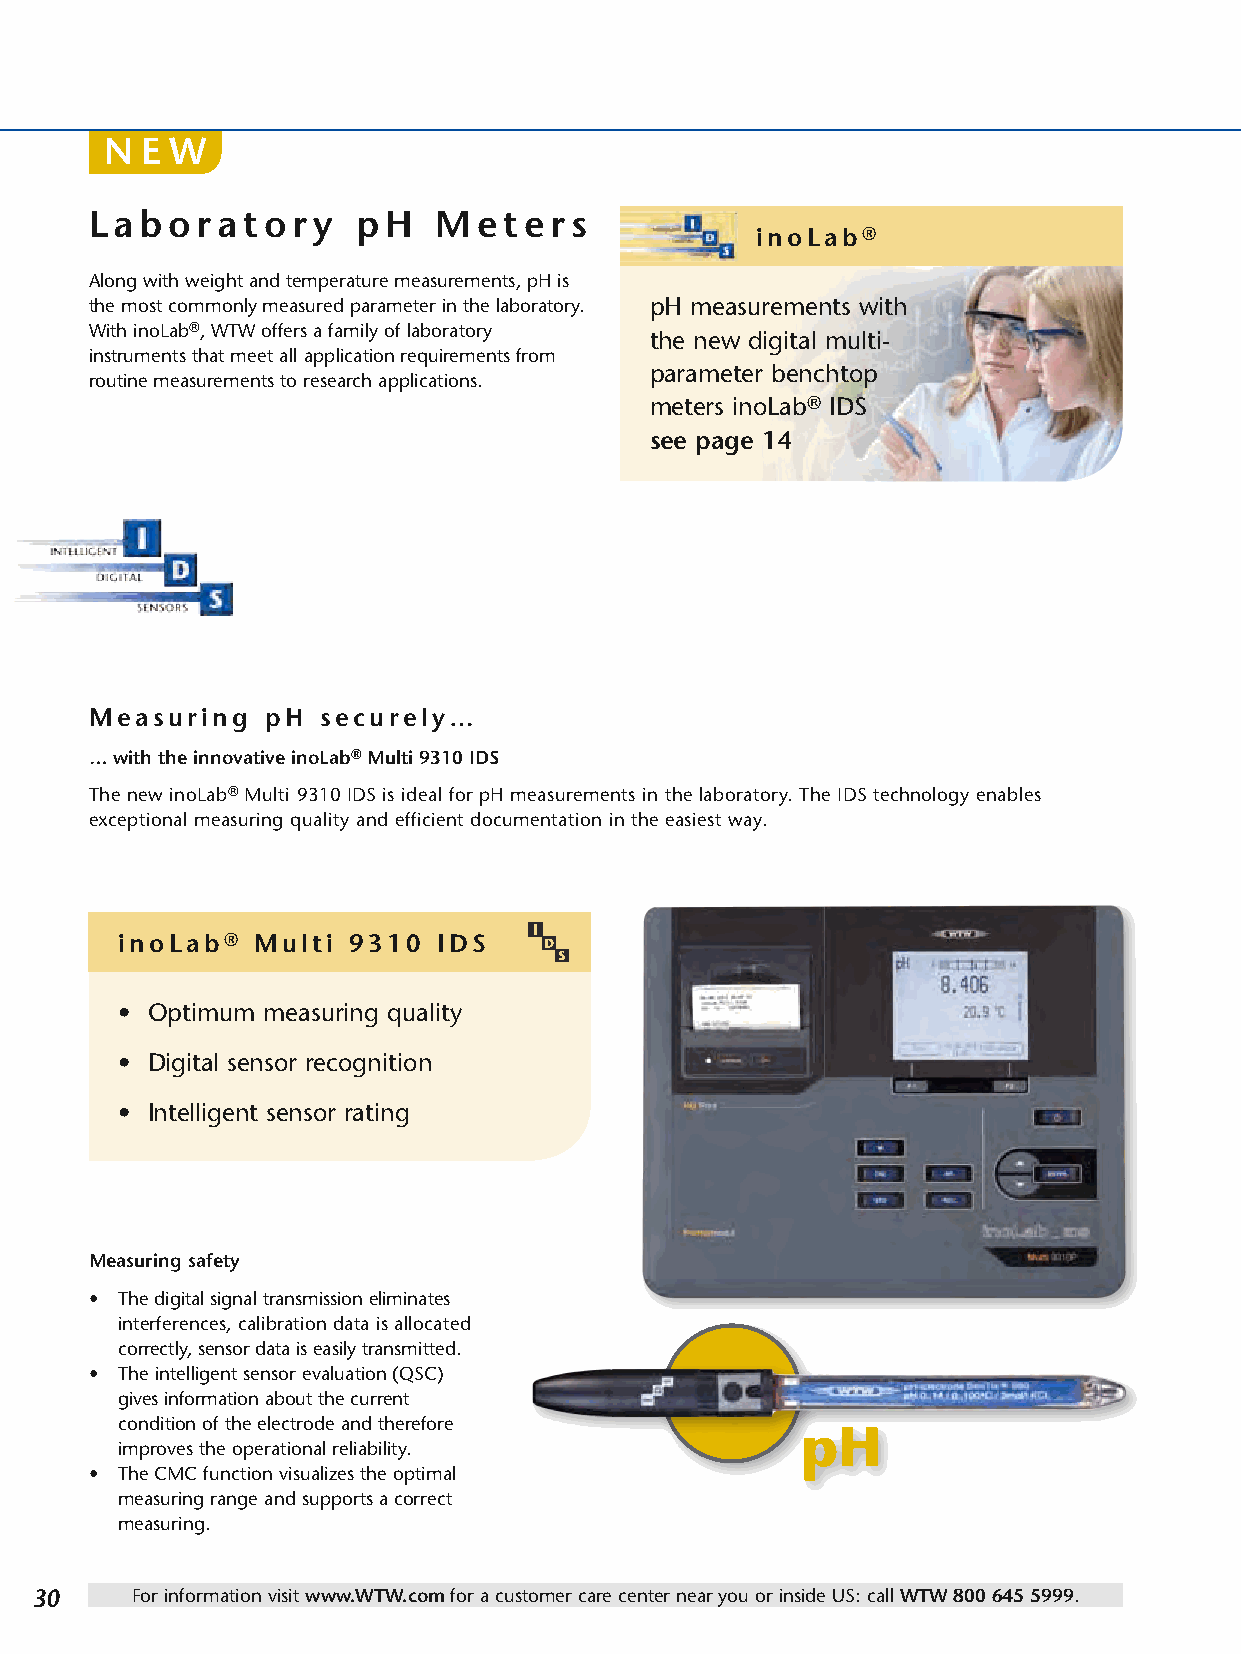
N E W
 Laboratory        pH   Meters
 inoLab®
 Along with weight and temperature measurements, pH is
 the most commonly measured parameter in the laboratory. pH measurements with
 With inoLab®, WTW offers a family of laboratory
 the new digital multi-
 instruments that meet all application requirements from
 parameter benchtop
 routine measurements to research applications.
 meters inoLab® IDS
 see page 14
 Measuring   pH securely…
 … with the innovative inoLab® Multi 9310 IDS
 The new inoLab® Multi 9310 IDS is ideal for pH measurements in the laboratory. The IDS technology enables
 exceptional measuring quality and efficient documentation in the easiest way.
 inoLab®  Multi 9310  IDS
 • Optimum measuring quality
 • Digital sensor recognition
 • Intelligent sensor rating
 Measuring safety
 • The digital signal transmission eliminates
 interferences, calibration data is allocated
 correctly, sensor data is easily transmitted.
 • The intelligent sensor evaluation (QSC)
 gives information about the current
 condition of the electrode and therefore
 pH
 improves the operational reliability.
 • The CMC function visualizes the optimal
 measuring range and supports a correct
 measuring.
 30     For information visit www.WTW.com for a customer care center near you or inside US: call WTW 800 645 5999.